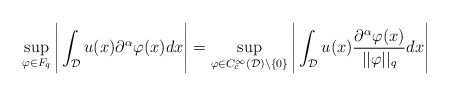
\begin{align*}\sup_{\varphi \in F_q} \Bigg|\int_{\mathcal{D}}u(x)\partial^{\alpha}\varphi(x)dx\Bigg| = \sup_{\varphi \in C_c^{\infty}(\mathcal{D})\setminus\{0\}} \Bigg|\int_{\mathcal{D}}u(x)\frac{\partial^{\alpha}\varphi(x)}{||\varphi||_{q}}dx \Bigg| \end{align*}